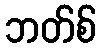
ဘတ်စ်